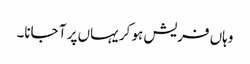
وہاں فریش ہو کر یہاں پر آ جانا۔